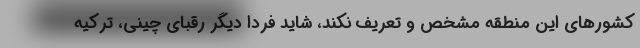
کشورهای این منطقه مشخص و تعریف نکند، شاید فردا دیگر رقبای چینی، ترکیه